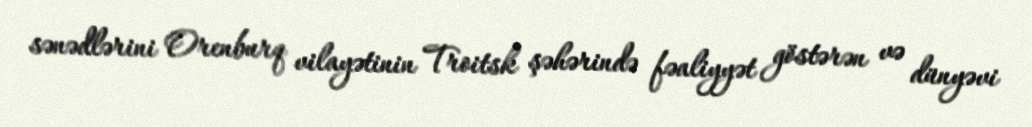
sənədlərini Orenburq vilayətinin Troitsk şəhərində fəaliyyət göstərən və dünyəvi